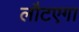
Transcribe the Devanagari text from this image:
लौटएगा